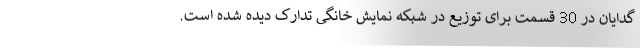
گدایان در 30 قسمت برای توزیع در شبکه نمایش خانگی تدارک دیده شده است.